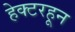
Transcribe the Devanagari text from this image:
हेक्टरहून